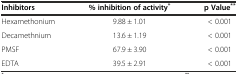
| Inhibitors | % inhibition of activity* | p Value** |
 | --- | --- | --- |
 | Hexamethonium | 9.88 ± 1.01 | < 0.001 |
 | Decamethnium | 13.6 ± 1.19 | < 0.001 |
 | PMSF | 67.9 ± 3.90 | < 0.001 |
 | EDTA | 39.5 ± 2.91 | < 0.001 |